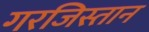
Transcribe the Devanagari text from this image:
गरजिस्तान